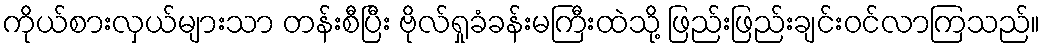
ကိုယ်စားလှယ်များသာ တန်းစီပြီး ဗိုလ်ရှုခံခန်းမကြီးထဲသို့ ဖြည်းဖြည်းချင်းဝင်လာကြသည်။